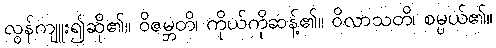
လွန်ကျူး၍ဆို၏။ ဝိဇမ္ဘတိ၊ ကိုယ်ကိုဆန့်၏။ ဝိလာသတိ၊ စမ္ပယ်၏။